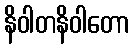
နိဝါတနိဝါတော